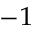
^ { - 1 }